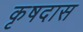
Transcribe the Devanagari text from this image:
कृषदास